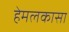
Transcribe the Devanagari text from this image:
हेमलकासा